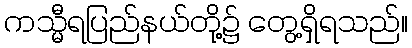
ကသ္မီရပြည်နယ်တို့၌ တွေ့ရှိရသည်။